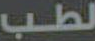
لطب